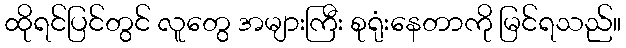
ထိုရင်ပြင်တွင် လူတွေ အများကြီး စုရုံးနေတာကို မြင်ရသည်။